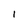
Character: I